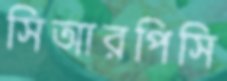
সিআরপিসি